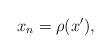
LaTeX: \begin{align*} x_n=\rho(x'), \end{align*}